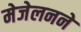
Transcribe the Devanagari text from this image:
मेजेलनने